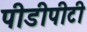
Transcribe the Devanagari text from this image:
पीडीपीटी